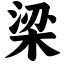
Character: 梁